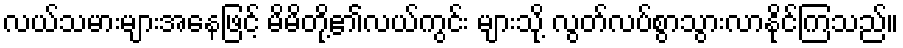
လယ်သမားများအနေဖြင့် မိမိတို့၏လယ်ကွင်း များသို့ လွတ်လပ်စွာသွားလာနိုင်ကြသည်။